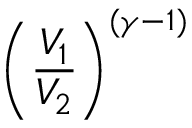
\left( { \frac { V _ { 1 } } { V _ { 2 } } } \right) ^ { ( \gamma - 1 ) }